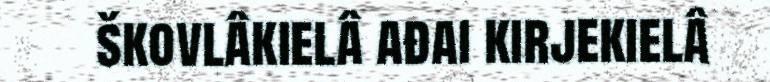
škovlâkielâ ađai kirjekielâ